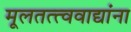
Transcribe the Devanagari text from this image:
मूलतत्त्ववाद्यांना